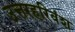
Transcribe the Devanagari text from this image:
उत्तरहरिवंश